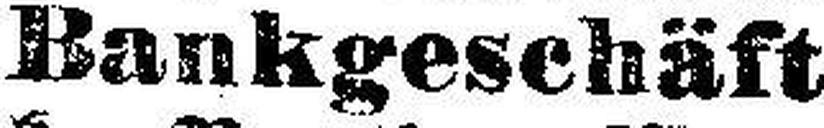
Bankgeschäft